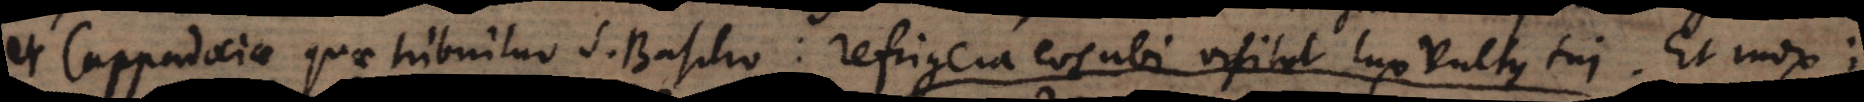
et Cappadociae quae tribuitur S. Basilio: refrigera eos ubi visitat lux Vultus tui. Et mox: